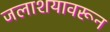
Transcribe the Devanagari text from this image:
जलाशयावरून